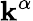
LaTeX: \mathbf{k}^{\alpha}